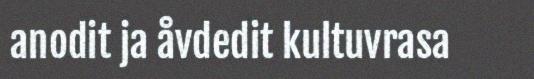
anodit ja åvdedit kultuvrasa